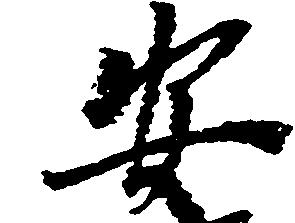
安